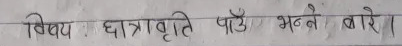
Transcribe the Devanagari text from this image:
विषय : छात्रवृत्ति पाउँ भन्ने बारे ।